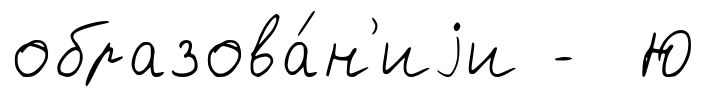
образова́н'иjи - Ю